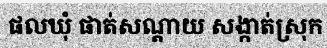
ផលឃុំ ផាត់សណ្តាយ សង្កាត់ស្រុក